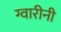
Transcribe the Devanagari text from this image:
ग्वारीनी